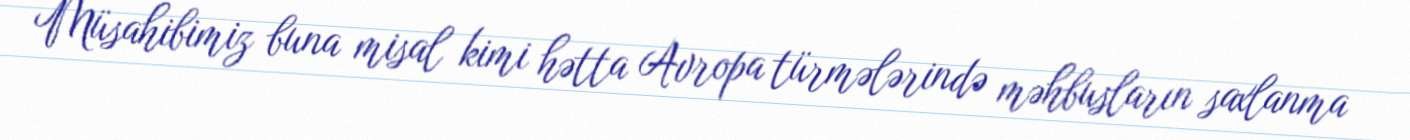
Müsahibimiz buna misal kimi hətta Avropa türmələrində məhbusların saxlanma